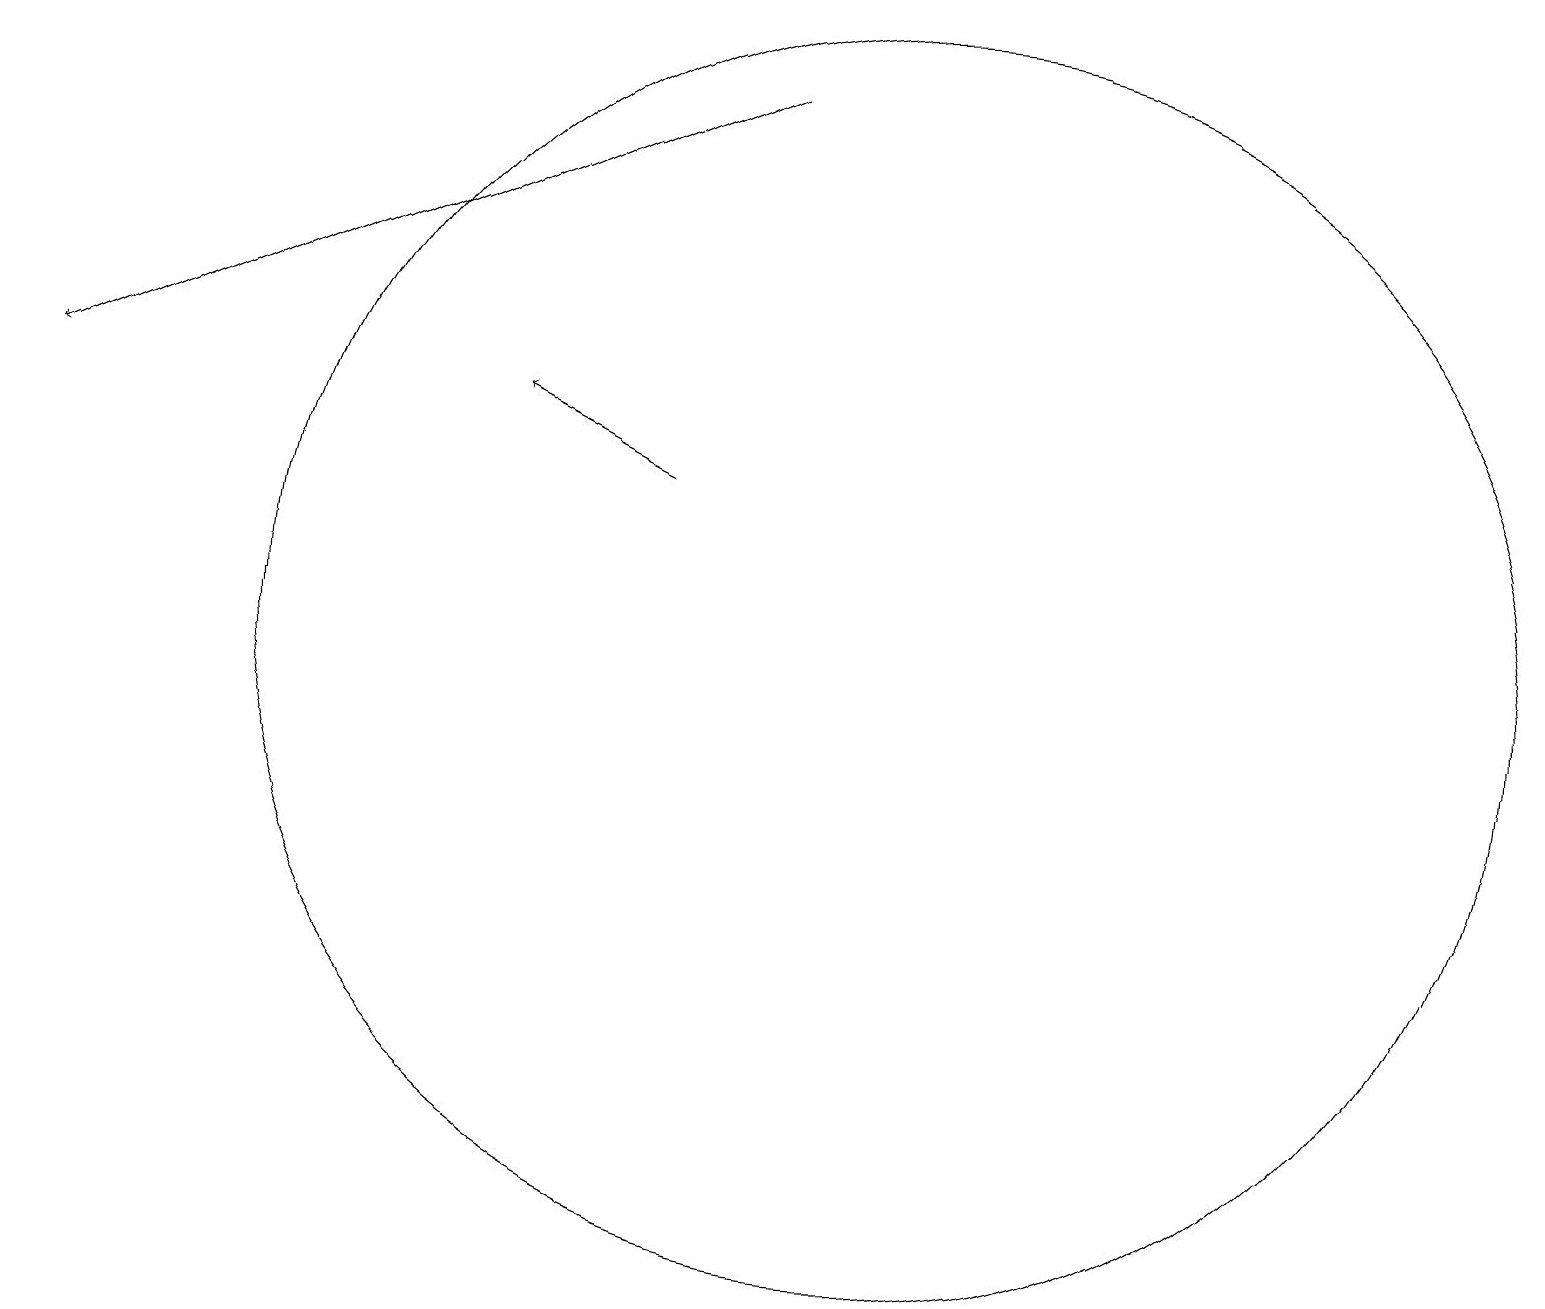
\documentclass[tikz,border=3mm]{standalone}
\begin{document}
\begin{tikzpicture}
\draw (10,10) circle (0);
\draw[->] (9,19) -- (0,15);
\draw[->] (8,14) -- (6,15);
\draw (11,12) circle (8);
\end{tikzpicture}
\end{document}